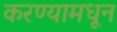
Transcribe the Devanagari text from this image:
करण्यामधून